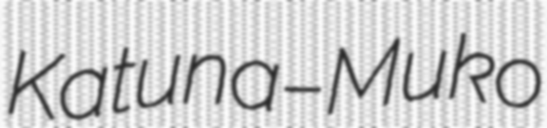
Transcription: Katuna–Muko